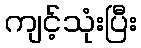
ကျင့်သုံးပြီး